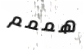
هممم